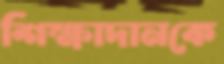
শিক্ষাদানকে